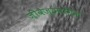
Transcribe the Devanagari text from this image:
जीवैज्ञानिक